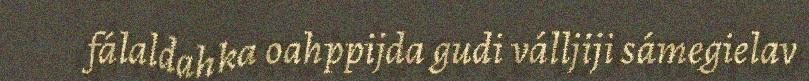
fálaldahka oahppijda gudi válljiji sámegielav